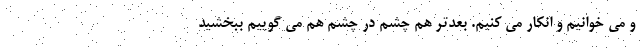
و می خوانیم و انکار می کنیم. بعدتر هم چشم در چشم هم می گوییم ببخشید